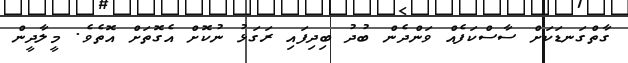
ގާތްގަނޑަކަށް ސާސްކަފެއް ވަންދެން ބުދު ބިދިފައި ރަގަޅު ނުކޮށް އެގޮތަށް އޮތެވެ. މީލާދީން